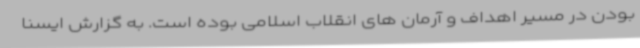
بودن در مسیر اهداف و آرمان های انقلاب اسلامی بوده است. به گزارش ایسنا